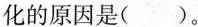
化的原因是()。